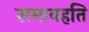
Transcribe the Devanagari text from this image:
समावहति